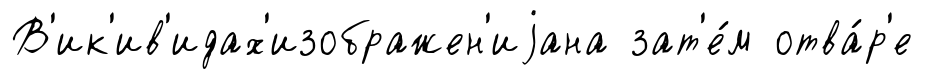
В'ик'ив'идах'изображен'иjана зат'е́м отва́р'е